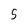
Character: 5